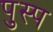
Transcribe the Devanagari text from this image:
पुस्प